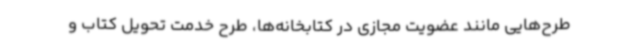
طرح‌هایی مانند عضویت مجازی در کتابخانه‌ها، طرح خدمت تحویل کتاب و